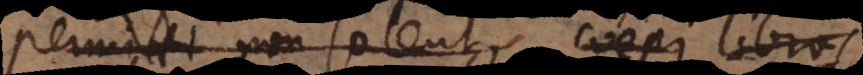
permitti non solent coepi li